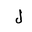
Letter: _lam